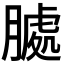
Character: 𮌶